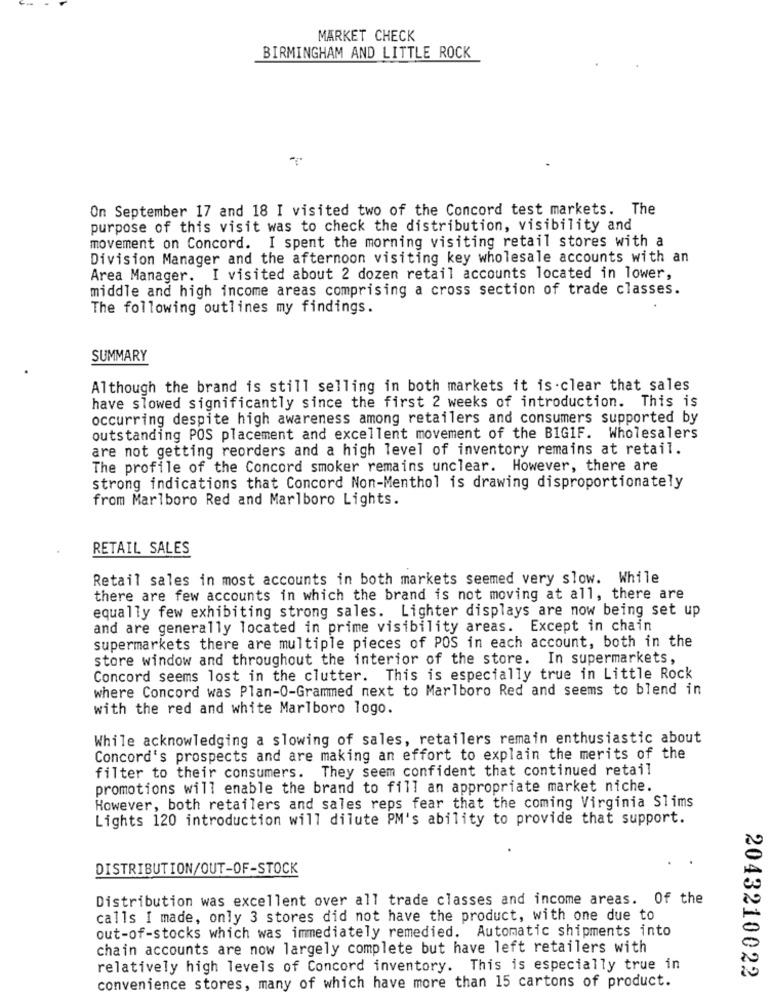
MARKET CHECK
BIRMINGHAM AND LITTLE ROCK
On September 17 and 18 I visited two of the Concord test markets. The
purpose of this visit was to check the distribution, visibility and
movement on Concord. I spent the morning visiting retail stores with a
Division Manager and the afternoon visiting key wholesale accounts with an
Area Manager. I visited about 2 dozen retail accounts located in lower,
middle and high income areas comprising a cross section of trade classes.
The following outlines my findings.
SUMMARY
Although the brand is still selling in both markets it is-clear that sales
have slowed significantly since the first 2 weeks of introduction. This is
occurring despite high awareness among retailers and consumers supported by
outstanding POS placement and excellent movement of the BIGIF. Wholesalers
are not getting reorders and a high level of inventory remains at retail.
The profile of the Concord smoker remains unclear. However, there are
strong indications that Concord Non-Menthol is drawing disproportionately
from Marlboro Red and Marlboro Lights.
RETAIL SALES
Retail sales in most accounts in both markets seemed very slow. While
there are few accounts in which the brand is not moving at all, there are
equally few exhibiting strong sales. Lighter displays are now being set up
and are generally located in prime visibility areas. Except in chain
supermarkets there are multiple pieces of POS in each account, both in the
store window and throughout the interior of the store. In supermarkets,
Concord seems lost in the clutter. This is especially true in Little Rock
where Concord was Plan-O-Grammed next to Marlboro Red and seems to blend in
with the red and white Marlboro logo.
While acknowledging a slowing of sales, retailers remain enthusiastic about
Concord's prospects and are making an effort to explain the merits of the
filter to their consumers. They seem confident that continued retail
promotions will enable the brand to fill an appropriate market niche.
However, both retailers and sales reps fear that the coming Virginia Slims
Lights 120 introduction will dilute PM's ability to provide that support.
DISTRIBUTION/OUT-OF-STOCK
Distribution was excellent over all trade classes and income areas. Of the
calls I made, only 3 stores did not have the product, with one due to
out-of-stocks which was immediately remedied. Automatic shipments into
chain accounts are now largely complete but have left retailers with
relatively high levels of Concord inventory. This is especially true in
2043210022
convenience stores, many of which have more than 15 cartons of product.